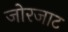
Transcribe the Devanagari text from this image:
जोरजाट